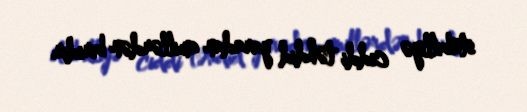
stabilliyə ciddi təhdid yaradan amillərdən biridir.